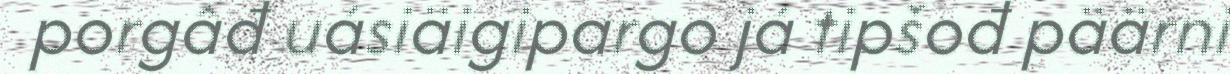
porgâđ uásiäigipargo já tipšođ päärni